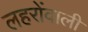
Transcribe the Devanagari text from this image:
लहरोंवाली